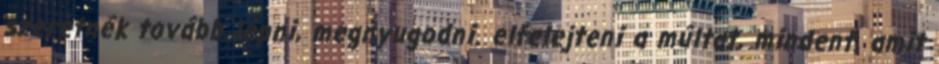
szeretnék tovább lépni, megnyugodni. elfelejteni a múltat, mindent, amit